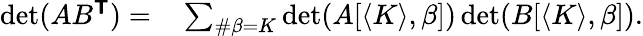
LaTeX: \begin{array}{rl}{\operatorname*{det}(AB^{\boldsymbol{\mathsf{T}}})=}&{{}\sum_{\# \beta=K}\operatorname*{det}(A[\langle K\rangle,\beta])\operatorname*{det}(B[\langle K\rangle,\beta]).}\end{array}